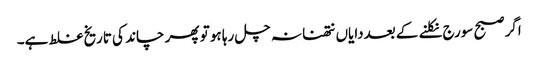
اگر صبح سورج نکلنے کے بعددایاں نتھنا نہ چل رہا ہو تو پھر چاند کی تاریخ غلط ہے۔